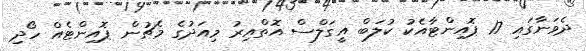
ދެވަނާގައި 17 ޕޮއިންޓާއެކު ކުލަބް އީގަލްސް އޮތްއިރު މިއަދުގެ މެޗުން ޕޮއިންޓެއް ހޯދި